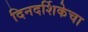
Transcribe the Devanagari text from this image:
दिनदर्शिकेचा